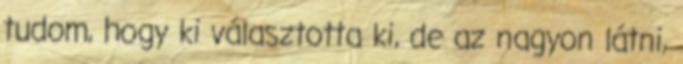
tudom, hogy ki választotta ki, de az nagyon látni,